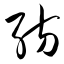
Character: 纺